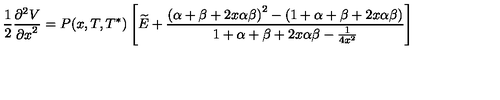
{ { \frac { 1 } { 2 } } { \frac { { \partial } ^ { 2 } V } { { \partial x } ^ { 2 } } } = P ( x , T , T ^ { * } ) \left[ \widetilde { E } + { \frac { { \left( \alpha + \beta + 2 x \alpha \beta \right) } ^ { 2 } - \left( 1 + \alpha + \beta + 2 x \alpha \beta \right) } { 1 + \alpha + \beta + 2 x \alpha \beta - { \frac { 1 } { 4 x ^ { 2 } } } } } \right] }